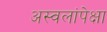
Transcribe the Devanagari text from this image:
अस्वलांपेक्षा